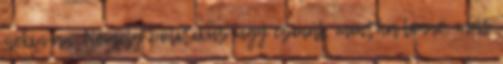
neki van. Némely politikus úgy csinál, mintha lenne, más